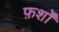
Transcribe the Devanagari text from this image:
फ़र्शों